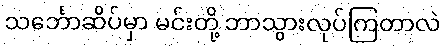
သင်္ဘောဆိပ်မှာ မင်းတို့ ဘာသွားလုပ်ကြတာလဲ